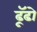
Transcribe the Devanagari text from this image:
ढूॅढो